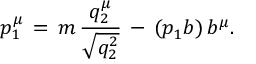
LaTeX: p _ { 1 } ^ { \mu } \, = \, m \, \frac { q _ { 2 } ^ { \mu } } { \sqrt { q _ { 2 } ^ { 2 } } } \, - \, ( p _ { 1 } b ) \, b ^ { \mu } .